画像に写った文字を読んでください
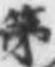
「第」と書いてあります